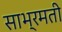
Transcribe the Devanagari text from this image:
साभ्रमती